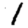
Digit: 1